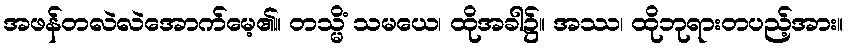
အဖန်တလဲလဲအောက်မေ့၏။ တသ္မိံ သမယေ၊ ထိုအခါ၌။ အဿ၊ ထိုဘုရားတပည့်အား။